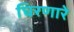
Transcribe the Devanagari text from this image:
घिरणारे